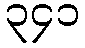
၃၄၁